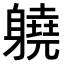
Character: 𨊅